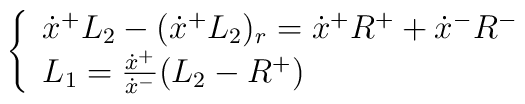
\quad\quad\quad\left\{ \begin{array}{l}\dot x^{+}L_{2}-(\dot x^{+}L_{2})_{r}=\dot x^{+}R^{+}+\dot x^{-}R^{-}\\L_{1}={{\dot x^{+}}\over{\dot x^{-}}}(L_{2}-R^{+})\end{array}\right.